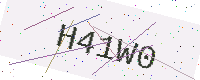
Text: H41W0